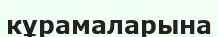
кұрамаларына